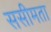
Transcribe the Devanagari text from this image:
ससीमता